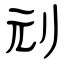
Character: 刓